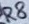
Text: R8